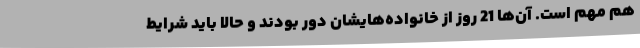
هم مهم است. آن‌ها 21 روز از خانواده‌هایشان دور بودند و حالا باید شرایط